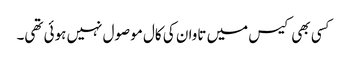
کسی بھی کیس میں تاوان کی کال موصول نہیں ہوئی تھی۔